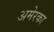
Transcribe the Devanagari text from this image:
अमेरका